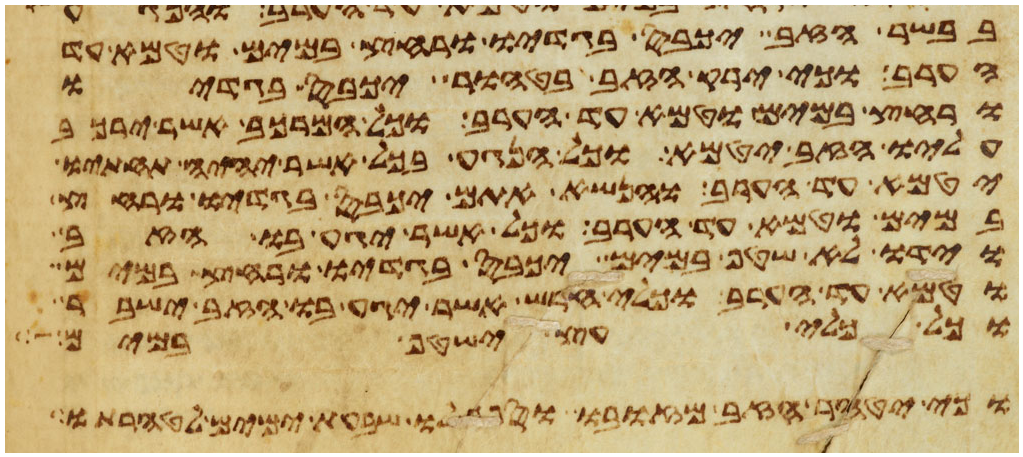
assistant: בבשר הזב יכבס בגדיו ורחץ במים וטמא עד
הערב וכי ירק הזב בטהור יכבס בגדיו
ורחץ במים וטמא עד הערב וכל המרכב אשר ירכב
עליו הזב יטמא וכל הנגע בכל אשר יהיה תחתיו
יטמא עד הערב והנושא אתם יכבס בגדיו ורחץ
במים וטמא עד הערב וכל אשר יגע בו הזב
וידו לא שטף במים יכבס בגדיו ורחץ במים
וטמא עד הערב וכלי חרש אשר יגע בו הזב ישבר
וכל כלי עץ ישטף במים
וכי יטהר הזב מזובו וספר לו שבעת ימים לטהרתו